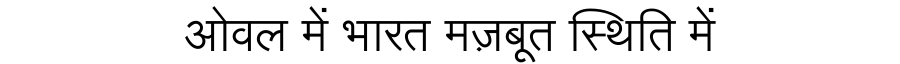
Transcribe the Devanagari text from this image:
ओवल में भारत मज़बूत स्थिति में